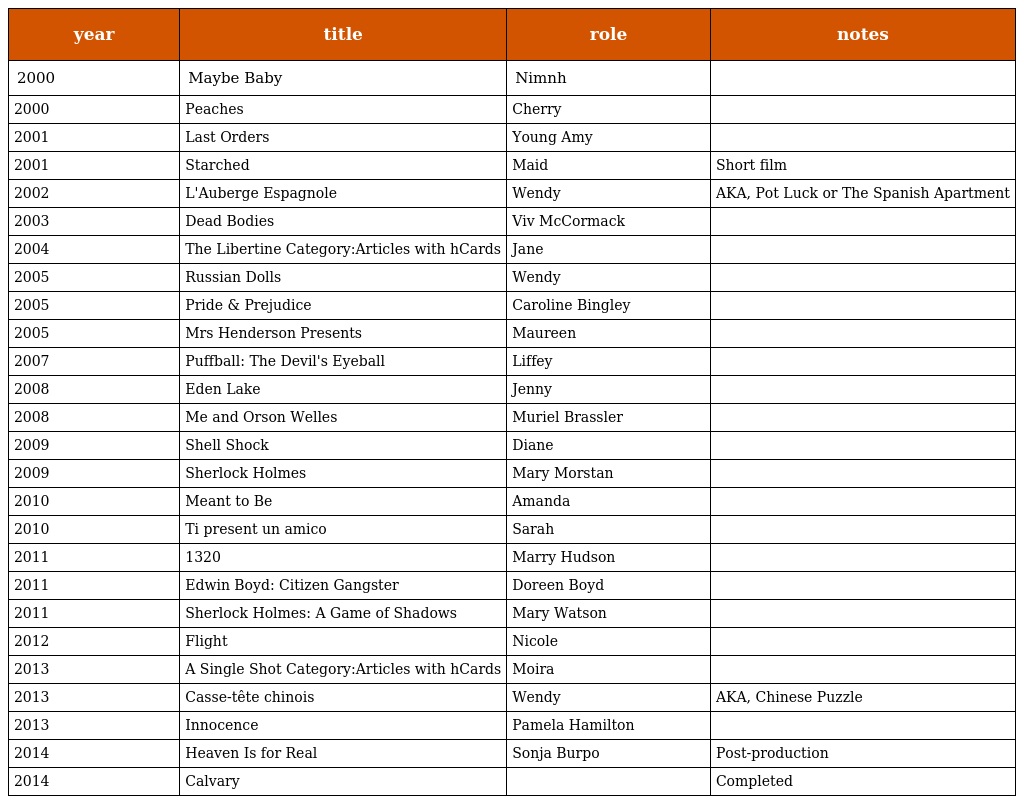
| year | title | role | notes |
 | --- | --- | --- | --- |
 | 2000 | Maybe Baby | Nimnh |  |
 | 2000 | Peaches | Cherry |  |
 | 2001 | Last Orders | Young Amy |  |
 | 2001 | Starched | Maid | Short film |
 | 2002 | L'Auberge Espagnole | Wendy | AKA, Pot Luck or The Spanish Apartment |
 | 2003 | Dead Bodies | Viv McCormack |  |
 | 2004 | The Libertine Category:Articles with hCards | Jane |  |
 | 2005 | Russian Dolls | Wendy |  |
 | 2005 | Pride & Prejudice | Caroline Bingley |  |
 | 2005 | Mrs Henderson Presents | Maureen |  |
 | 2007 | Puffball: The Devil's Eyeball | Liffey |  |
 | 2008 | Eden Lake | Jenny |  |
 | 2008 | Me and Orson Welles | Muriel Brassler |  |
 | 2009 | Shell Shock | Diane |  |
 | 2009 | Sherlock Holmes | Mary Morstan |  |
 | 2010 | Meant to Be | Amanda |  |
 | 2010 | Ti present un amico | Sarah |  |
 | 2011 | 1320 | Marry Hudson |  |
 | 2011 | Edwin Boyd: Citizen Gangster | Doreen Boyd |  |
 | 2011 | Sherlock Holmes: A Game of Shadows | Mary Watson |  |
 | 2012 | Flight | Nicole |  |
 | 2013 | A Single Shot Category:Articles with hCards | Moira |  |
 | 2013 | Casse-tête chinois | Wendy | AKA, Chinese Puzzle |
 | 2013 | Innocence | Pamela Hamilton |  |
 | 2014 | Heaven Is for Real | Sonja Burpo | Post-production |
 | 2014 | Calvary |  | Completed |